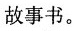
故事书。